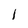
Character: 1